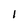
Character: 1